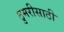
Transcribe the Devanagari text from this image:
ठुमरीसाठी